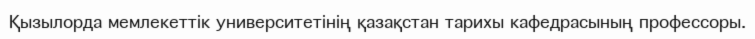
Қызылорда мемлекеттік университетінің қазақстан тарихы кафедрасының профессоры.